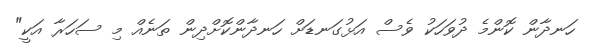
ހަނދާން ކޮންމެ ދުވަހަކު ވެސް އަޅުގަނޑަށް ހަނދާންކޮށްދިން ތަނެއް މި ސަހަރާ އަކީ"